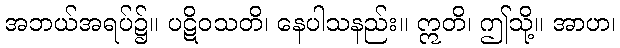
အဘယ်အရပ်၌။ ပဋိဝသတိ၊ နေပါသနည်း။ ဣတိ၊ ဤသို့။ အာဟ၊